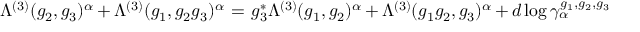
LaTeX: \Lambda ^ { ( 3 ) } ( g _ { 2 } , g _ { 3 } ) ^ { \alpha } \: + \: \Lambda ^ { ( 3 ) } ( g _ { 1 } , g _ { 2 } g _ { 3 } ) ^ { \alpha } \: = \: g _ { 3 } ^ { * } \Lambda ^ { ( 3 ) } ( g _ { 1 } , g _ { 2 } ) ^ { \alpha } \: + \: \Lambda ^ { ( 3 ) } ( g _ { 1 } g _ { 2 } , g _ { 3 } ) ^ { \alpha } \: + \: d \log \gamma _ { \alpha } ^ { g _ { 1 } , g _ { 2 } , g _ { 3 } }